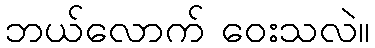
ဘယ်လောက် ဝေးသလဲ။